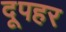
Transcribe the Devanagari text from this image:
दूपहर